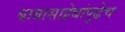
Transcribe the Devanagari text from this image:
बाबासाहेबांपुढेच